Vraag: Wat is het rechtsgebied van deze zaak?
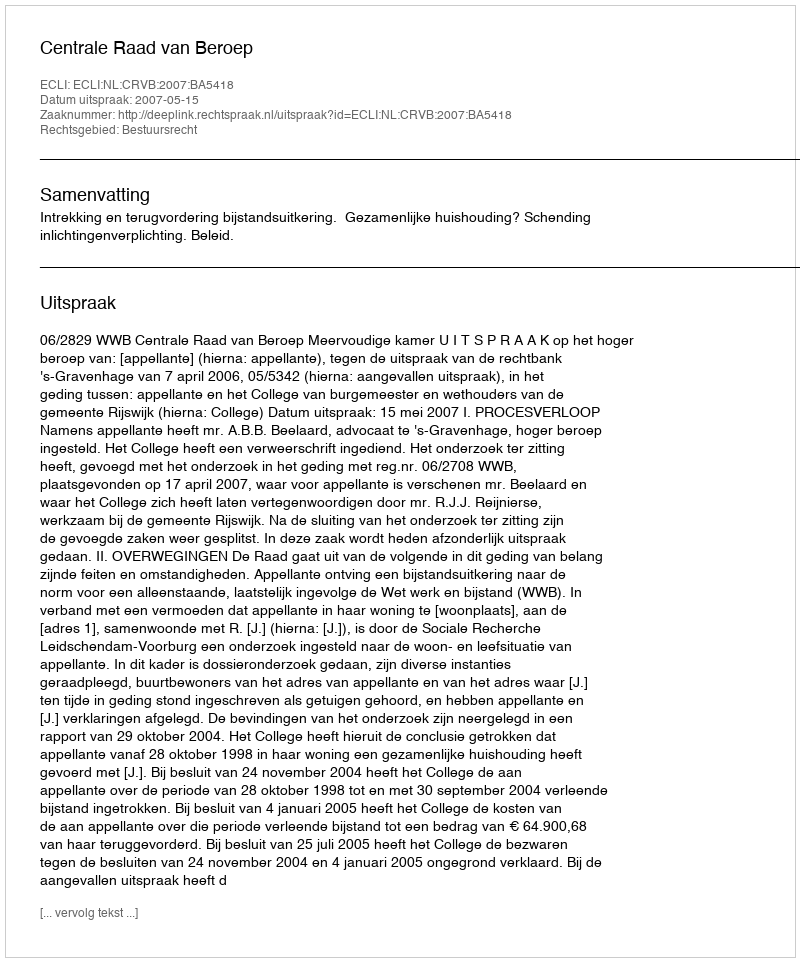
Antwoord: Bestuursrecht